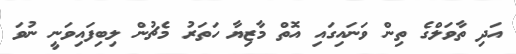
އަދި ތާވަލްގެ ތިން ވަނައިގައި އޮތް މާޒިޔާ ހަތަރު މެޗުން ލިބިފައިވަނީ ނުވަ